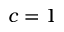
c = 1